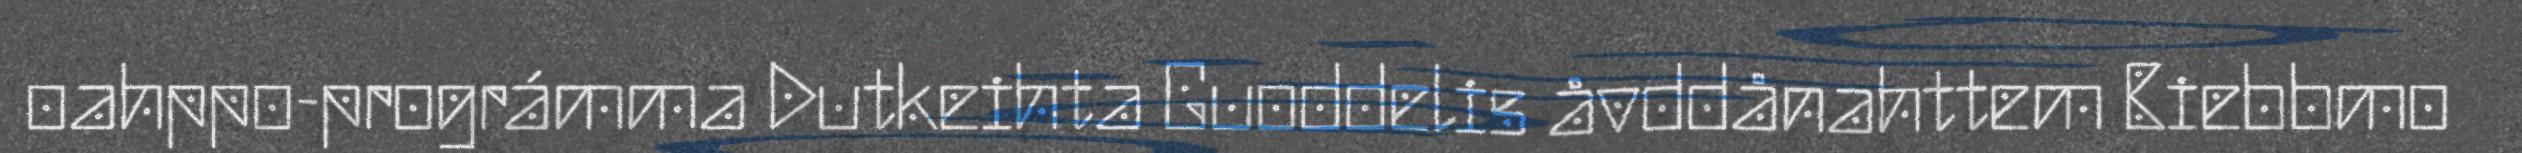
oahppo-prográmma Dutkeihta Guoddelis åvddånahttem Biebbmo